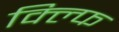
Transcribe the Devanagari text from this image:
क्ल्फि